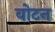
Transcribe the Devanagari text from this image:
वोटन